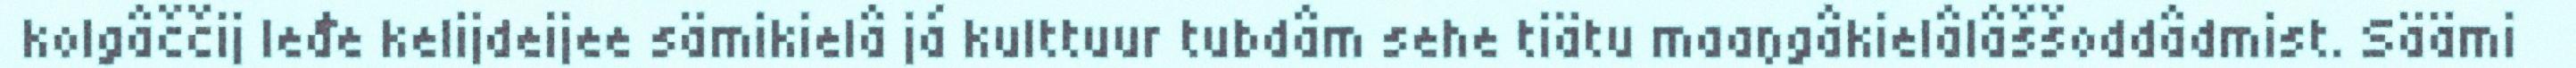
kolgâččij leđe kelijdeijee sämikielâ já kulttuur tubdâm sehe tiätu maaŋgâkielâlâššoddâdmist. Säämi